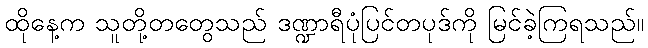
ထိုနေ့က သူတို့တတွေသည် ဒဏ္ဍာရီပုံပြင်တပုဒ်ကို မြင်ခဲ့ကြရသည်။